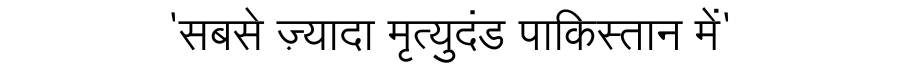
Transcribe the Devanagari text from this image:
'सबसे ज़्यादा मृत्युदंड पाकिस्तान में'